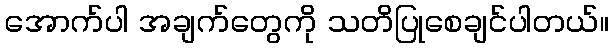
အောက်ပါ အချက်တွေကို သတိပြုစေချင်ပါတယ်။